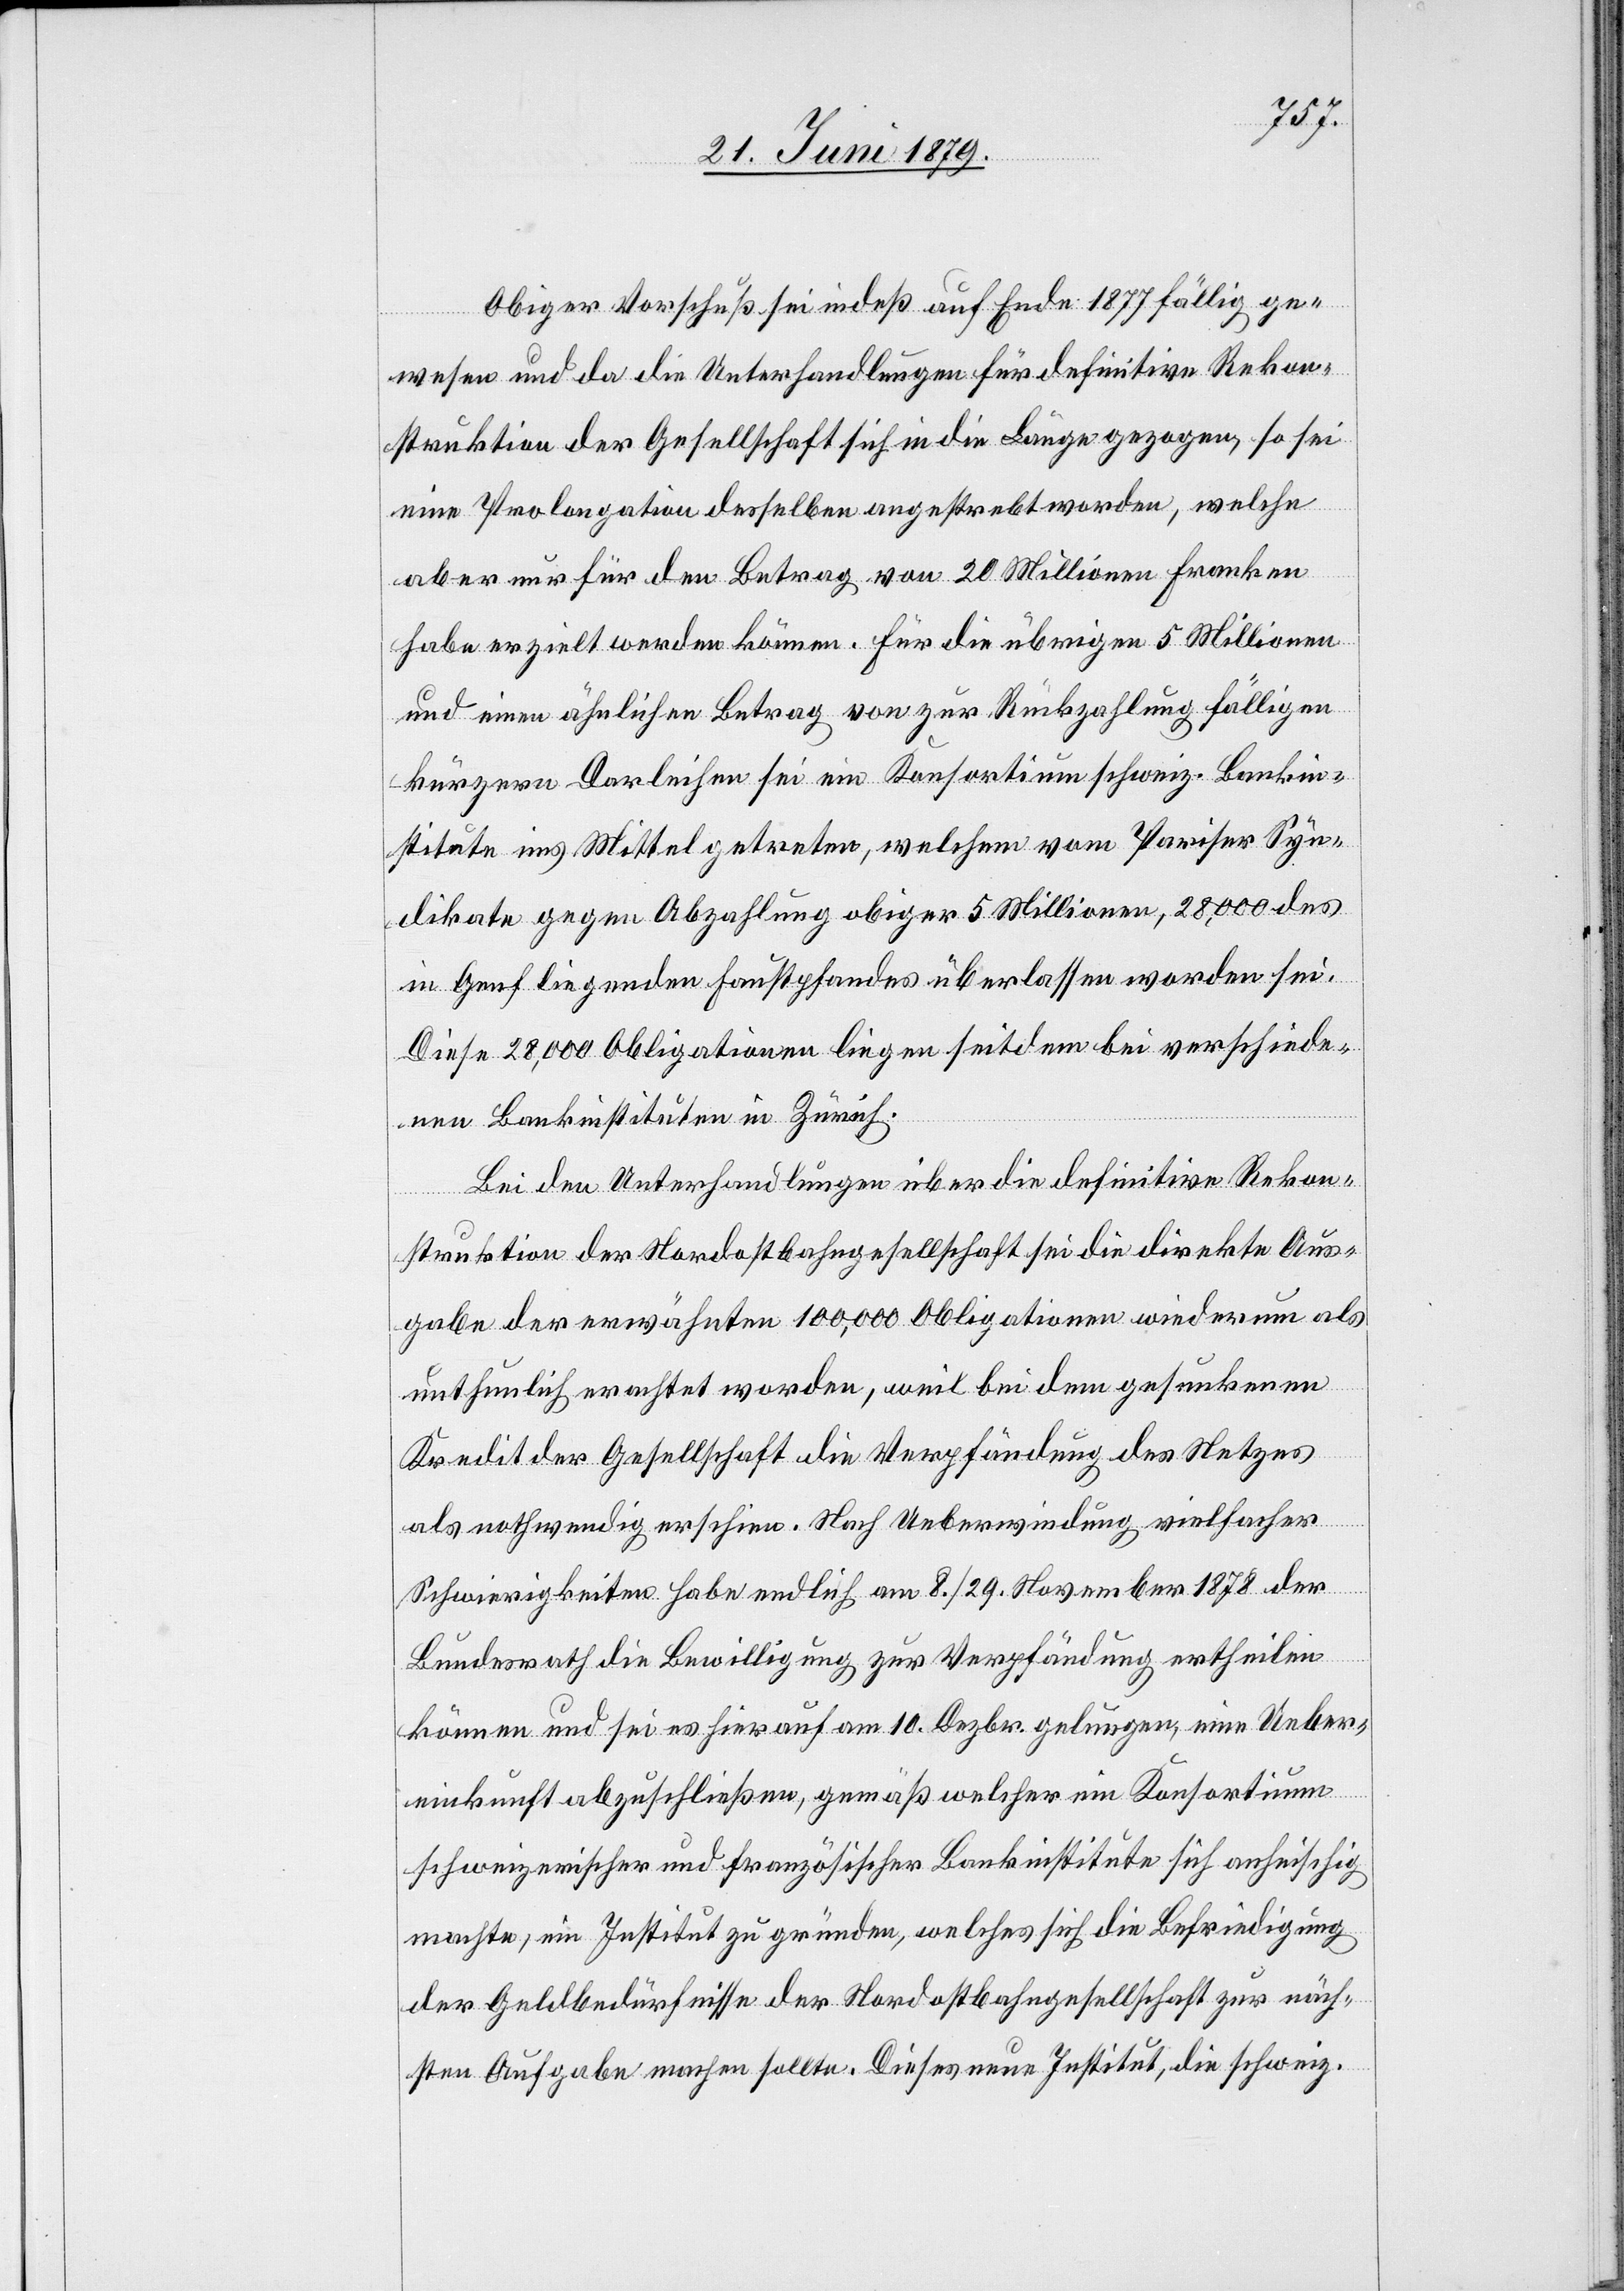
Obiger Vorschuß sei indeß auf Ende 1877 fällig ge¬
wesen und da die Unterhandlungen für definitive Rekon¬
struktion der Gesellschaft sich in die Länge gezogen, so sei
eine Prolongation desselben angestrebt worden, welche
aber nur für den Betrag von 20 Millionen Franken
habe erzielt werden können. Für die übrigen 5 Millionen
und einen ähnlichen Betrag von zur Rückzahlung fälligen
kürzern Darleihen sei ein Konsortium schweiz. Bankin¬
stitute ins Mittel getreten, welchem vom Pariser Syn¬
dikate gegen Abzahlung obiger 5 Millionen, 28,000 des
in Genf liegenden Faustpfandes überlassen worden sei.
Diese 28,000 Obligationen liegen seitdem bei verschiede¬
nen Bankinstituten in Zürich.
Bei den Unterhandlungen über die definitive Rekon¬
struktion der Nordostbahngesellschaft sei die direkte Aus¬
gabe der erwähnten 100,000 Obligationen wiederum als
unthunlich erachtet worden, weil bei dem gesunkenen
Kredit der Gesellschaft die Verpfändung des Netzes
als nothwendig erschien. Nach Ueberwindung vielfacher
Schwierigkeiten habe endlich am 8./29. November 1878 der
Bundesrath die Bewilligung zur Verpfändung ertheilen
können und sei es hierauf am 10. Dezbr. gelungen, eine Ueber¬
einkunft abzuschließen, gemäß welcher ein Konsortium
schweizerischer und französischer Bankinstitute sich anheischig
machte, ein Institut zu gründen, welches sich die Befriedigung
der Geldbedürfnisse der Nordostbahngesellschaft zur näch¬
sten Aufgabe machen sollte. Dieses neue Institut, die schweiz.